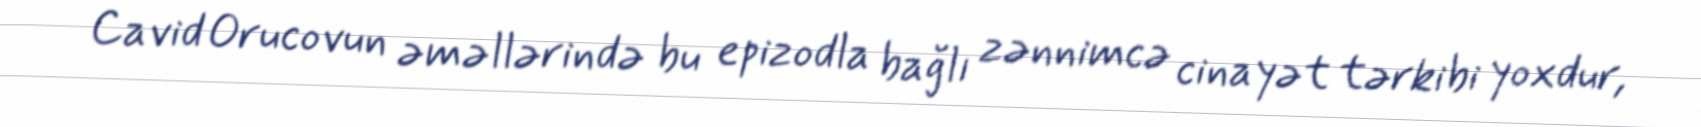
Cavid Orucovun əməllərində bu epizodla bağlı zənnimcə cinayət tərkibi yoxdur,